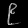
Digit: ၉